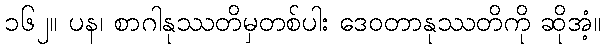
၁၆၂။ ပန၊ စာဂါနုဿတိမှတစ်ပါး ဒေဝတာနုဿတိကို ဆိုအံ့။